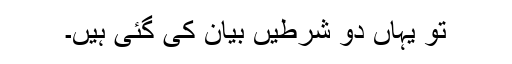
تو یہاں دو شرطیں بیان کی گئی ہیں۔